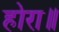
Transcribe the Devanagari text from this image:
होरा॥